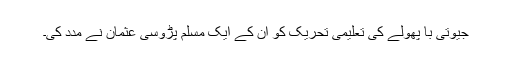
جیوتی با پھولے کی تعلیمی تحریک کو ان کے ایک مسلم پڑوسی عثمان نے مدد کی۔